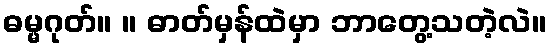
ဓမ္မဂုတ်။ ။ ဓာတ်မှန်ထဲမှာ ဘာတွေ့သတဲ့လဲ။